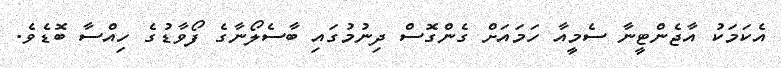
އެކަމަކު އާޖެންޓީނާ ސެމީއާ ހަމައަށް ގެންގޮސް ދިނުމުގައި ބާސެލޯނާގެ ފޯވާޑުގެ ހިއްސާ ބޮޑެވެ.